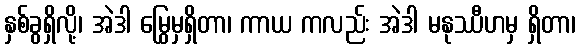
နှစ်ခွရှိလို့၊ အဲဒါ မြွေမှရှိတာ၊ ကာယ ကလည်း အဲဒါ မနုဿီဟမှ ရှိတာ၊